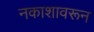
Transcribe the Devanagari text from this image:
नकाशावरून